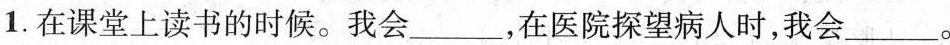
1.在课堂上读书的时候。我会___，在医院探望病人时，我会___。